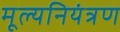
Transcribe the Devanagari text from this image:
मूल्यनियंत्रण